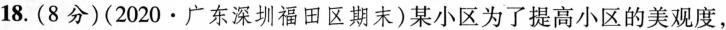
18.(8分)(2020 · 广东深圳福田区期末)某小区为了提高小区的美观度，